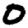
Digit: 0